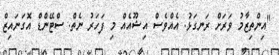
"އިންތިޒާމު ވަރަށް ރަނގަޅު. އެއްވެސް އިޝޫއެއް މި ފަހަރު ނެތް. ސްޓޭންޑް އޮގަނައިޒް